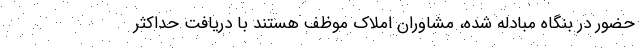
حضور در بنگاه مبادله شده، مشاوران املاک موظف هستند با دریافت حداکثر